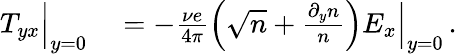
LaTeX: \begin{array}{rl}{T_{yx}\Big|_{y=0}}&{{}=-\frac{\nu e}{4\pi}\Big(\sqrt{n}+\frac{\partial_{y}n}{n}\Big)E_{x}\Big|_{y=0}\, .}\end{array}